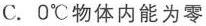
C. 0℃物体内能为零